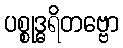
ပစ္စုဒ္ဓရိတဗ္ဗော